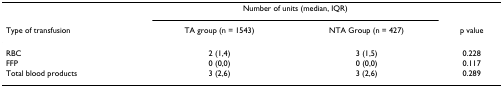
<table><thead><tr><td></td><td colspan="2"><b>Number of units (median, IQR)</b></td><td></td></tr><tr><td><b>Type of transfusion</b></td><td><b>TA group (n = 1543)</b></td><td><b>NTA Group (n = 427)</b></td><td><b>p value</b></td></tr></thead><tbody><tr><td>RBC</td><td>2 (1,4)</td><td>3 (1,5)</td><td>0.228</td></tr><tr><td>FFP</td><td>0 (0,0)</td><td>0 (0,0)</td><td>0.117</td></tr><tr><td>Total blood products</td><td>3 (2,6)</td><td>3 (2,6)</td><td>0.289</td></tr></tbody></table>